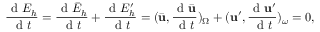
\frac { \mathrm { ~ d ~ } E _ { h } } { \mathrm { ~ d ~ } t } = \frac { \mathrm { ~ d ~ } \bar { E } _ { h } } { \mathrm { ~ d ~ } t } + \frac { \mathrm { ~ d ~ } E _ { h } ^ { \prime } } { \mathrm { ~ d ~ } t } = ( \bar { \mathbf { u } } , \frac { \mathrm { ~ d ~ } \bar { \mathbf { u } } } { \mathrm { ~ d ~ } t } ) _ { \Omega } + ( \mathbf { u } ^ { \prime } , \frac { \mathrm { ~ d ~ } \mathbf { u } ^ { \prime } } { \mathrm { ~ d ~ } t } ) _ { \omega } = 0 ,